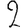
Digit: 2